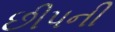
છીપની